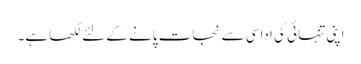
اپنی تنہائی کی اداسی سے نجات پانے کے لئے لکھا ہے۔